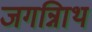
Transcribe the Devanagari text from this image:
जगन्नािथ